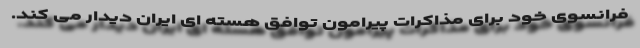
فرانسوی خود برای مذاکرات پیرامون توافق هسته ای ایران دیدار می کند.